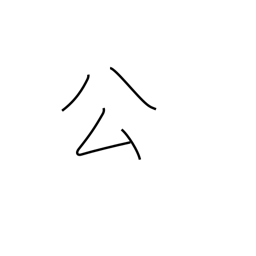
Meaning: governmental